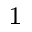
^ { 1 }